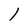
Character: 1